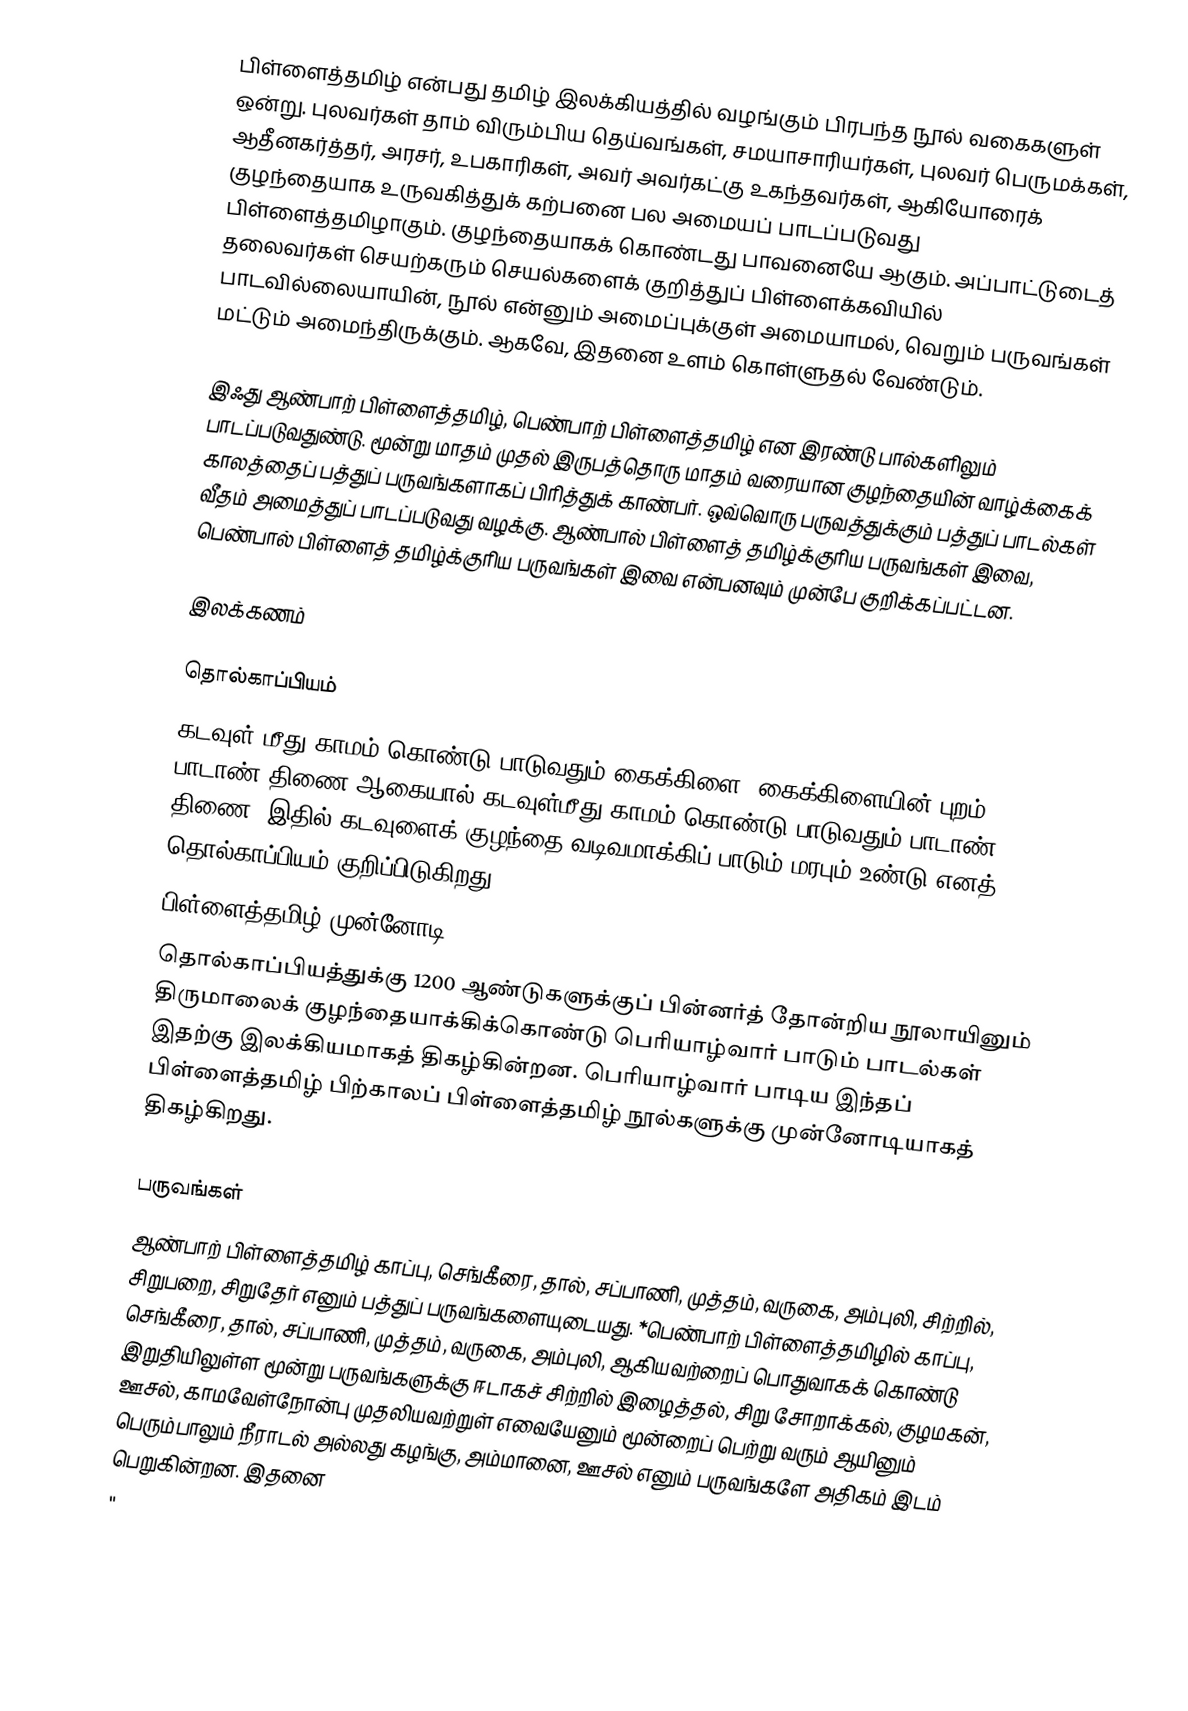
பிள்ளைத்தமிழ் என்பது தமிழ் இலக்கியத்தில் வழங்கும் பிரபந்த நூல் வகைகளுள் ஒன்று. புலவர்கள்  தாம் விரும்பிய தெய்வங்கள், சமயாசாரியர்கள், புலவர் பெருமக்கள், ஆதீனகர்த்தர், அரசர், உபகாரிகள், அவர் அவர்கட்கு உகந்தவர்கள், ஆகியோரைக் குழந்தையாக உருவகித்துக்  கற்பனை பல அமையப் பாடப்படுவது பிள்ளைத்தமிழாகும். குழந்தையாகக் கொண்டது பாவனையே ஆகும். அப்பாட்டுடைத் தலைவர்கள் செயற்கரும் செயல்களைக் குறித்துப் பிள்ளைக்கவியில் பாடவில்லையாயின், நூல் என்னும் அமைப்புக்குள் அமையாமல், வெறும் பருவங்கள் மட்டும் அமைந்திருக்கும். ஆகவே, இதனை உளம் கொள்ளுதல் வேண்டும்.

இஃது ஆண்பாற் பிள்ளைத்தமிழ், பெண்பாற் பிள்ளைத்தமிழ் என இரண்டு பால்களிலும் பாடப்படுவதுண்டு. மூன்று மாதம் முதல் இருபத்தொரு மாதம் வரையான குழந்தையின் வாழ்க்கைக் காலத்தைப் பத்துப் பருவங்களாகப் பிரித்துக் காண்பர். ஒவ்வொரு பருவத்துக்கும் பத்துப் பாடல்கள் வீதம் அமைத்துப் பாடப்படுவது வழக்கு. ஆண்பால் பிள்ளைத் தமிழ்க்குரிய பருவங்கள் இவை, பெண்பால் பிள்ளைத் தமிழ்க்குரிய பருவங்கள் இவை என்பனவும் முன்பே குறிக்கப்பட்டன.

இலக்கணம்

தொல்காப்பியம்
கடவுள் மீது காமம் கொண்டு பாடுவதும் கைக்கிளை. கைக்கிளையின் புறம் பாடாண் திணை ஆகையால் கடவுள்மீது காமம் கொண்டு பாடுவதும் பாடாண் திணை. இதில் கடவுளைக் குழந்தை வடிவமாக்கிப் பாடும் மரபும் உண்டு எனத் தொல்காப்பியம் குறிப்பிடுகிறது.
பிள்ளைத்தமிழ் முன்னோடி
தொல்காப்பியத்துக்கு 1200 ஆண்டுகளுக்குப் பின்னர்த் தோன்றிய நூலாயினும் திருமாலைக் குழந்தையாக்கிக்கொண்டு பெரியாழ்வார் பாடும் பாடல்கள் இதற்கு இலக்கியமாகத் திகழ்கின்றன. பெரியாழ்வார் பாடிய இந்தப் பிள்ளைத்தமிழ் பிற்காலப் பிள்ளைத்தமிழ் நூல்களுக்கு முன்னோடியாகத் திகழ்கிறது.

பருவங்கள்
ஆண்பாற் பிள்ளைத்தமிழ் காப்பு, செங்கீரை, தால், சப்பாணி, முத்தம், வருகை, அம்புலி, சிற்றில், சிறுபறை, சிறுதேர் எனும் பத்துப் பருவங்களையுடையது. *பெண்பாற் பிள்ளைத்தமிழில் காப்பு, செங்கீரை, தால், சப்பாணி, முத்தம், வருகை, அம்புலி, ஆகியவற்றைப் பொதுவாகக் கொண்டு இறுதியிலுள்ள மூன்று பருவங்களுக்கு ஈடாகச் சிற்றில் இழைத்தல், சிறு சோறாக்கல், குழமகன், ஊசல், காமவேள்நோன்பு முதலியவற்றுள் எவையேனும் மூன்றைப் பெற்று வரும் ஆயினும் பெரும்பாலும் நீராடல் அல்லது கழங்கு, அம்மானை, ஊசல் எனும் பருவங்களே அதிகம் இடம் பெறுகின்றன. இதனை
 "